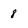
Character: 8